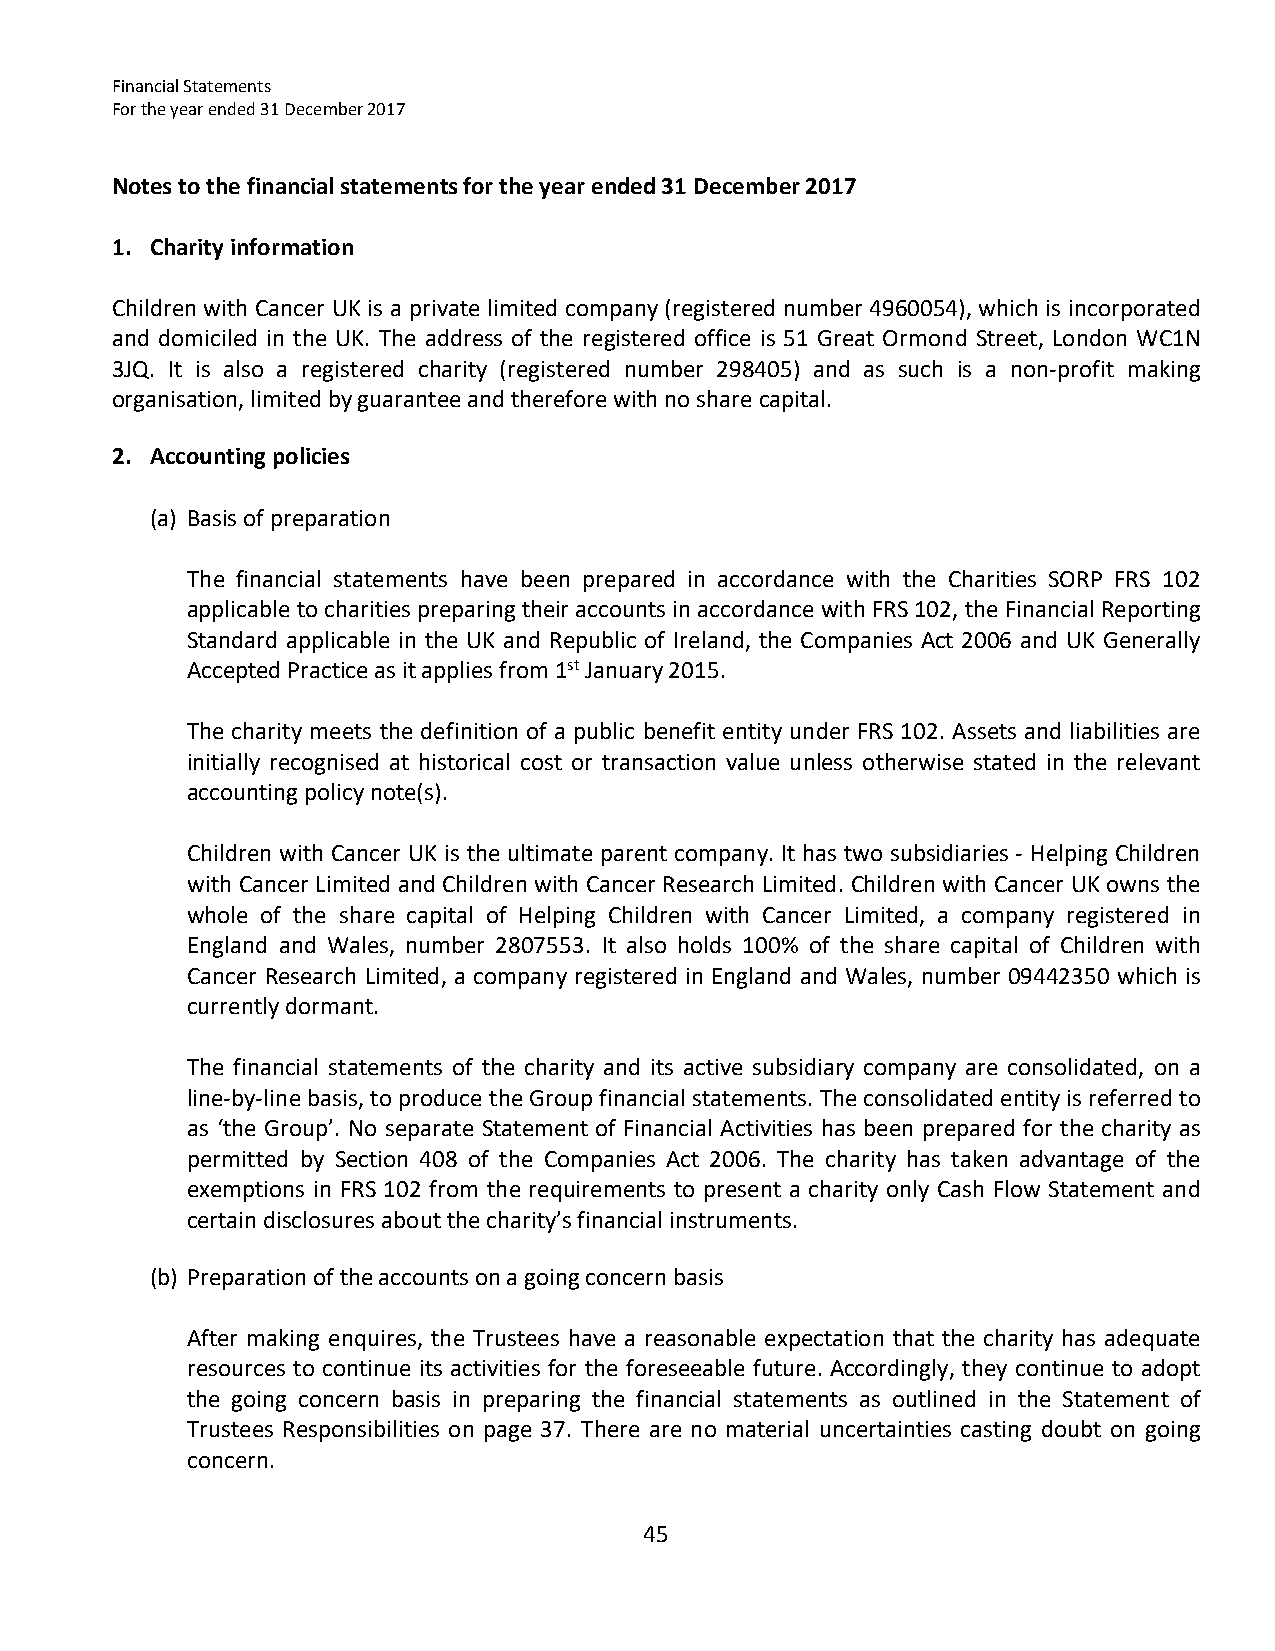
Financial Statements
 For the year ended 31 December 2017
 Notes to the financial statements for the year ended 31 December 2017
 1. Charity information
 Children with Cancer UK is a private limited company (registered number 4960054), which is incorporated
 and domiciled in the UK. The address of the registered office is 51 Great Ormond Street, London WC1N
 3JQ. It is also a registered charity (registered number 298405) and as such is a non‐profit making
 organisation, limited by guarantee and therefore with no share capital.
 2. Accounting policies
 (a) Basis of preparation
 The financial statements have been prepared in accordance with the Charities SORP FRS 102
 applicable to charities preparing their accounts in accordance with FRS 102, the Financial Reporting
 Standard applicable in the UK and Republic of Ireland, the Companies Act 2006 and UK Generally
 Accepted Practice as it applies from 1st January 2015.
 The charity meets the definition of a public benefit entity under FRS 102. Assets and liabilities are
 initially recognised at historical cost or transaction value unless otherwise stated in the relevant
 accounting policy note(s).
 Children with Cancer UK is the ultimate parent company. It has two subsidiaries ‐ Helping Children
 with Cancer Limited and Children with Cancer Research Limited. Children with Cancer UK owns the
 whole of the share capital of Helping Children with Cancer Limited, a company registered in
 England and Wales, number 2807553. It also holds 100% of the share capital of Children with
 Cancer Research Limited, a company registered in England and Wales, number 09442350 which is
 currently dormant.
 The financial statements of the charity and its active subsidiary company are consolidated, on a
 line‐by‐line basis, to produce the Group financial statements. The consolidated entity is referred to
 as ‘the Group’. No separate Statement of Financial Activities has been prepared for the charity as
 permitted by Section 408 of the Companies Act 2006. The charity has taken advantage of the
 exemptions in FRS 102 from the requirements to present a charity only Cash Flow Statement and
 certain disclosures about the charity’s financial instruments.
 (b) Preparation of the accounts on a going concern basis
 After making enquires, the Trustees have a reasonable expectation that the charity has adequate
 resources to continue its activities for the foreseeable future. Accordingly, they continue to adopt
 the going concern basis in preparing the financial statements as outlined in the Statement of
 Trustees Responsibilities on page 37. There are no material uncertainties casting doubt on going
 concern.
 45